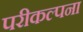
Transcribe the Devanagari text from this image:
परीकल्पना